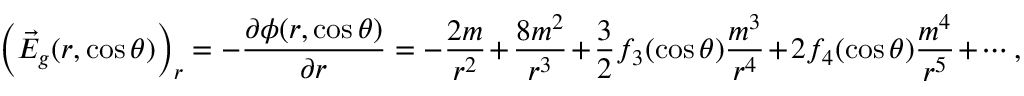
\left( \vec { E } _ { g } ( r , \cos \theta ) \right) _ { r } = - \frac { \partial \phi ( r , \cos \theta ) } { \partial r } = - \frac { 2 m } { r ^ { 2 } } + \frac { 8 m ^ { 2 } } { r ^ { 3 } } + \frac { 3 } { 2 } f _ { 3 } ( \cos \theta ) \frac { m ^ { 3 } } { r ^ { 4 } } + 2 f _ { 4 } ( \cos \theta ) \frac { m ^ { 4 } } { r ^ { 5 } } + \cdots ,